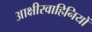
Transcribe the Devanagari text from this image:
आक्षीरवाहिनियों